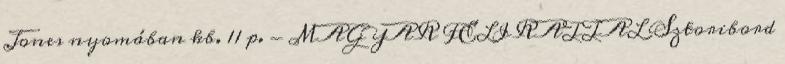
Jones nyomában kb. 11 p. - MAGYAR FELIRATTAL Sztoribord